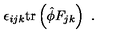
\epsilon _ { i j k } \mathrm { t r } \left( \hat { \phi } F _ { j k } \right) \ .